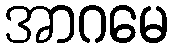
အာဂမေ